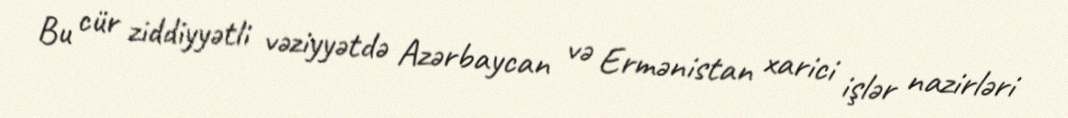
Bu cür ziddiyyətli vəziyyətdə Azərbaycan və Ermənistan xarici işlər nazirləri